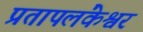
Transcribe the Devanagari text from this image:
प्रतापलंकेश्वर